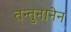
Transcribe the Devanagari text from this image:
तन्तुनानेन